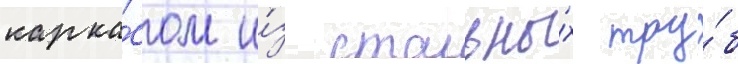
карка́сом и́з стальны́х тру́б